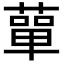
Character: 蕇